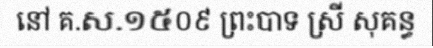
នៅ គ.ស.១៥០៩ ព្រះបាទ ស្រី សុគន្ធ